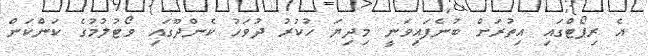
އެ ރިޕޯޓްގައި އިތުރަށް ބުނެފައިވަނީ މިދިޔަ ހުކުރު ދުވަހު ކެންދޫގައި ވޯޓުލުމުގެ ކަންކަން